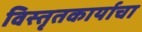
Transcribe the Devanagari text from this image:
विस्तृतकार्याचा